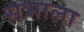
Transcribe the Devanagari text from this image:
सभाला